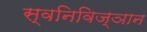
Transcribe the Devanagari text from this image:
स्वनिविज्ञान